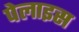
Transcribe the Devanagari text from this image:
पेलाइस